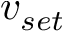
v _ { s e t }